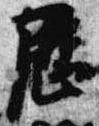
歴